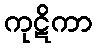
ကုဋိကာ